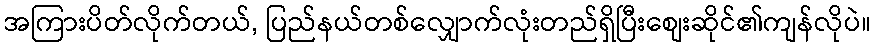
အကြားပိတ်လိုက်တယ်, ပြည်နယ်တစ်လျှောက်လုံးတည်ရှိပြီးစျေးဆိုင်၏ကျန်လိုပဲ။